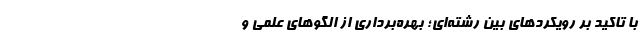
با تاکید بر رویکردهای بین رشته‌ای؛ بهره­برداری از الگوهای علمی و